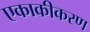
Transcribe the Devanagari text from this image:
एकाकीकरण